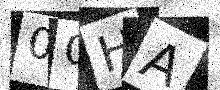
Text: 00HA